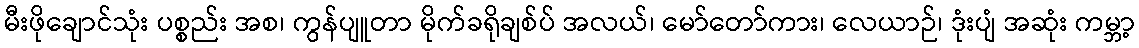
မီးဖိုချောင်သုံး ပစ္စည်း အစ၊ ကွန်ပျူတာ မိုက်ခရိုချစ်ပ် အလယ်၊ မော်တော်ကား၊ လေယာဉ်၊ ဒုံးပျံ အဆုံး ကမ္ဘာ့